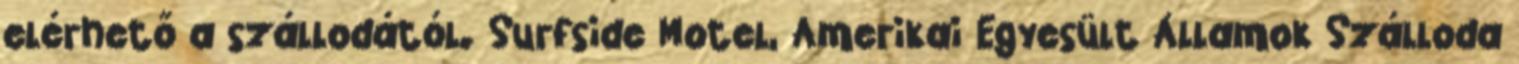
elérhető a szállodától. Surfside Motel, Amerikai Egyesült Államok Szálloda